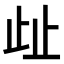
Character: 𣥖